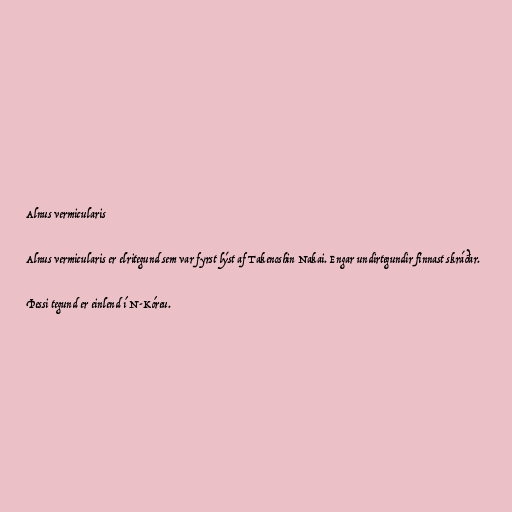
Alnus vermicularis

Alnus vermicularis er elritegund sem var fyrst lýst af Takenoshin Nakai. Engar undirtegundir finnast skráðar.

Þessi tegund er einlend í N-Kóreu.